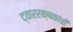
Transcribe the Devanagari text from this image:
द्वाररक्षकांची